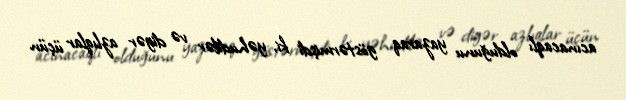
acınacaqlı olduğunu yazaraq göstərmişdi ki, yəhudilər və digər azlıqlar üçün